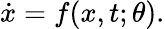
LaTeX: \begin{array}{r}{\dot{x}=f(x,t;\theta).}\end{array}